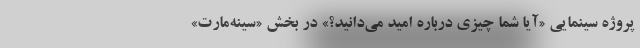
پروژه سینمایی «آیا شما چیزی درباره امید می‌دانید؟» در بخش «سینه‌مارت»